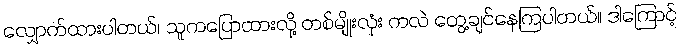
လျှောက်ထားပါတယ်၊ သူကပြောထားလို့ တစ်မျိုးလုံး ကလဲ တွေ့ချင်နေကြပါတယ်။ ဒါကြောင့်